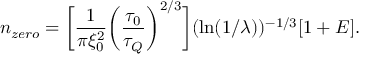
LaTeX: n _ { z e r o } = \bigg [ \frac { 1 } { \pi \xi _ { 0 } ^ { 2 } } \bigg ( \frac { \tau _ { 0 } } { \tau _ { Q } } \bigg ) ^ { 2 / 3 } \bigg ] ( \ln ( 1 / \lambda ) ) ^ { - 1 / 3 } [ 1 + E ] .